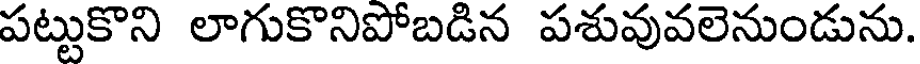
పట్టుకొని లాగుకొనిపోబడిన పశువువలెనుండును.